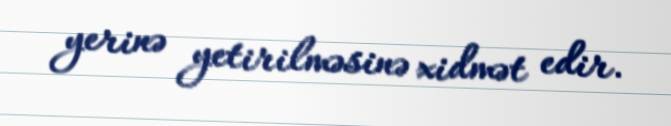
yerinə yetirilməsinə xidmət edir.